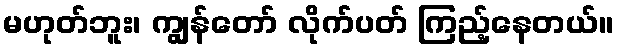
မဟုတ်ဘူး၊ ကျွန်တော် လိုက်ပတ် ကြည့်နေတယ်။